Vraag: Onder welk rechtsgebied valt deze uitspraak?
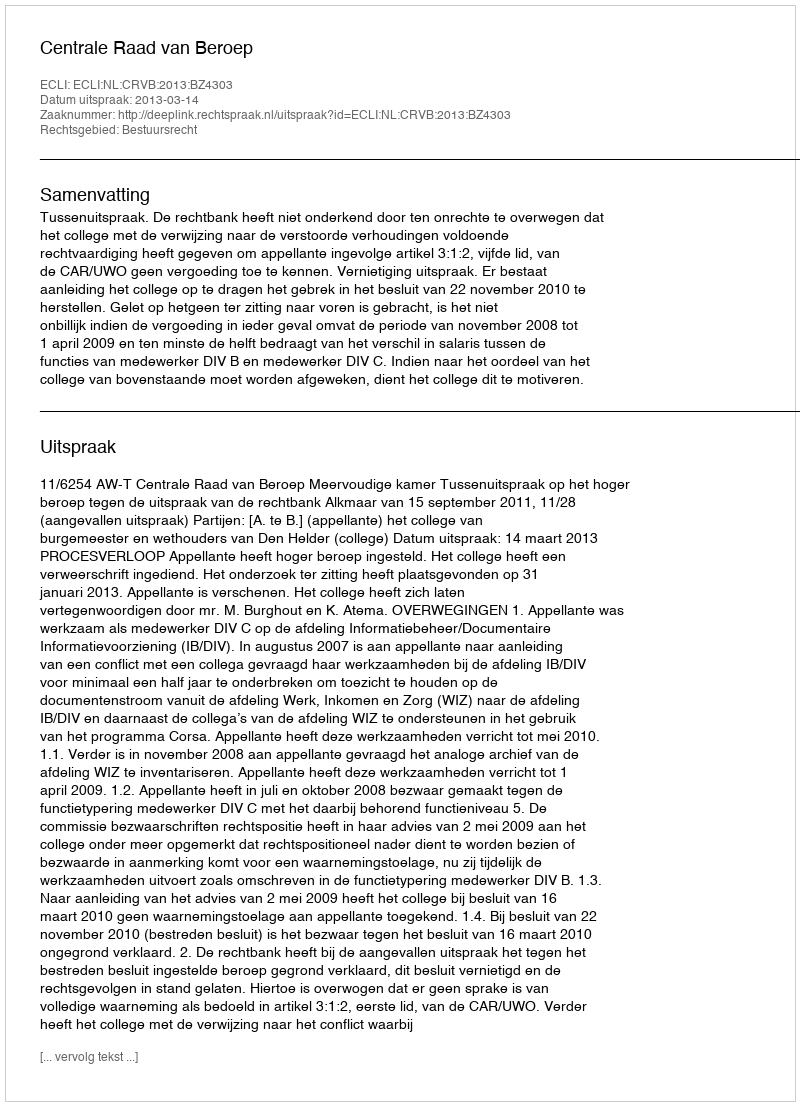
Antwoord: Bestuursrecht